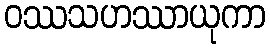
ဝဿသဟဿာယုကာ